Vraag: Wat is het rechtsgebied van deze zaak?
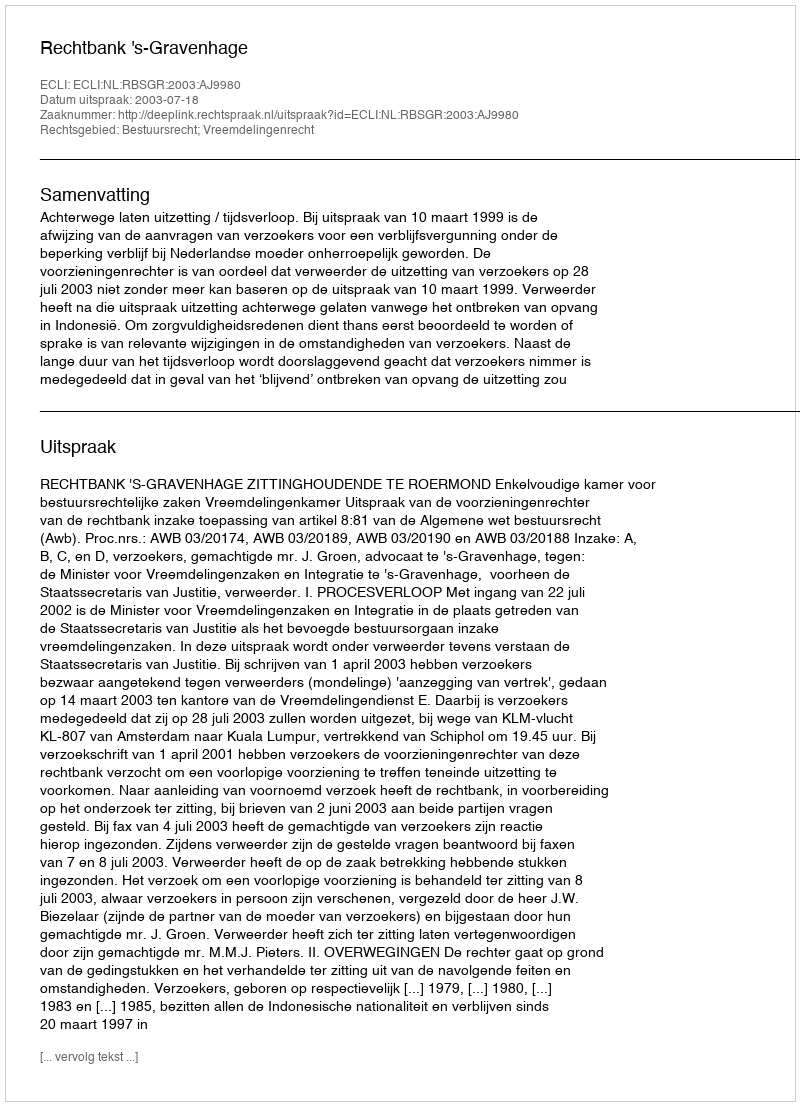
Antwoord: Bestuursrecht; Vreemdelingenrecht